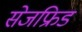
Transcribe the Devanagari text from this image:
सेजफ्रिड